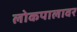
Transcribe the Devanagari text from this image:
लोकपालावर